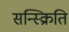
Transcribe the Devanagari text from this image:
सन्स्क्रिति